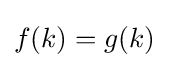
f(k)=g(k)